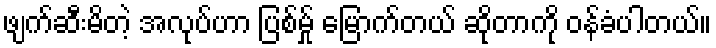
ဖျက်ဆီးမိတဲ့ အလုပ်ဟာ ပြစ်မ်ှု မြောက်တယ် ဆိုတာကို ဝန်ခံပါတယ်။